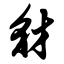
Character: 豺